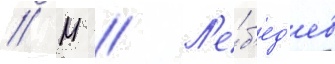
// М // Л'е́б'ед'ев